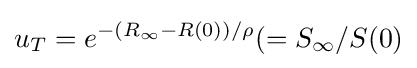
u_{T}=e^{-(R_{\infty }-R(0))/\rho }(=S_{\infty }/S(0)